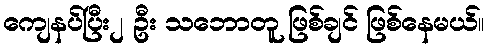
ကျေနပ်ပြီး၂ ဦး သဘောတူ ဖြစ်ချင် ဖြစ်နေမယ်။